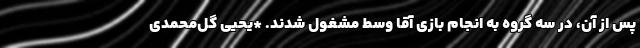
پس از آن، در سه گروه به انجام بازی آقا وسط مشغول شدند. *یحیی گل‌محمدی